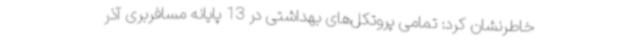
خاطرنشان کرد: تمامی پروتکل‌های بهداشتی در 13 پایانه‌ مسافربری آذر